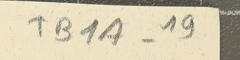
TB1A-19